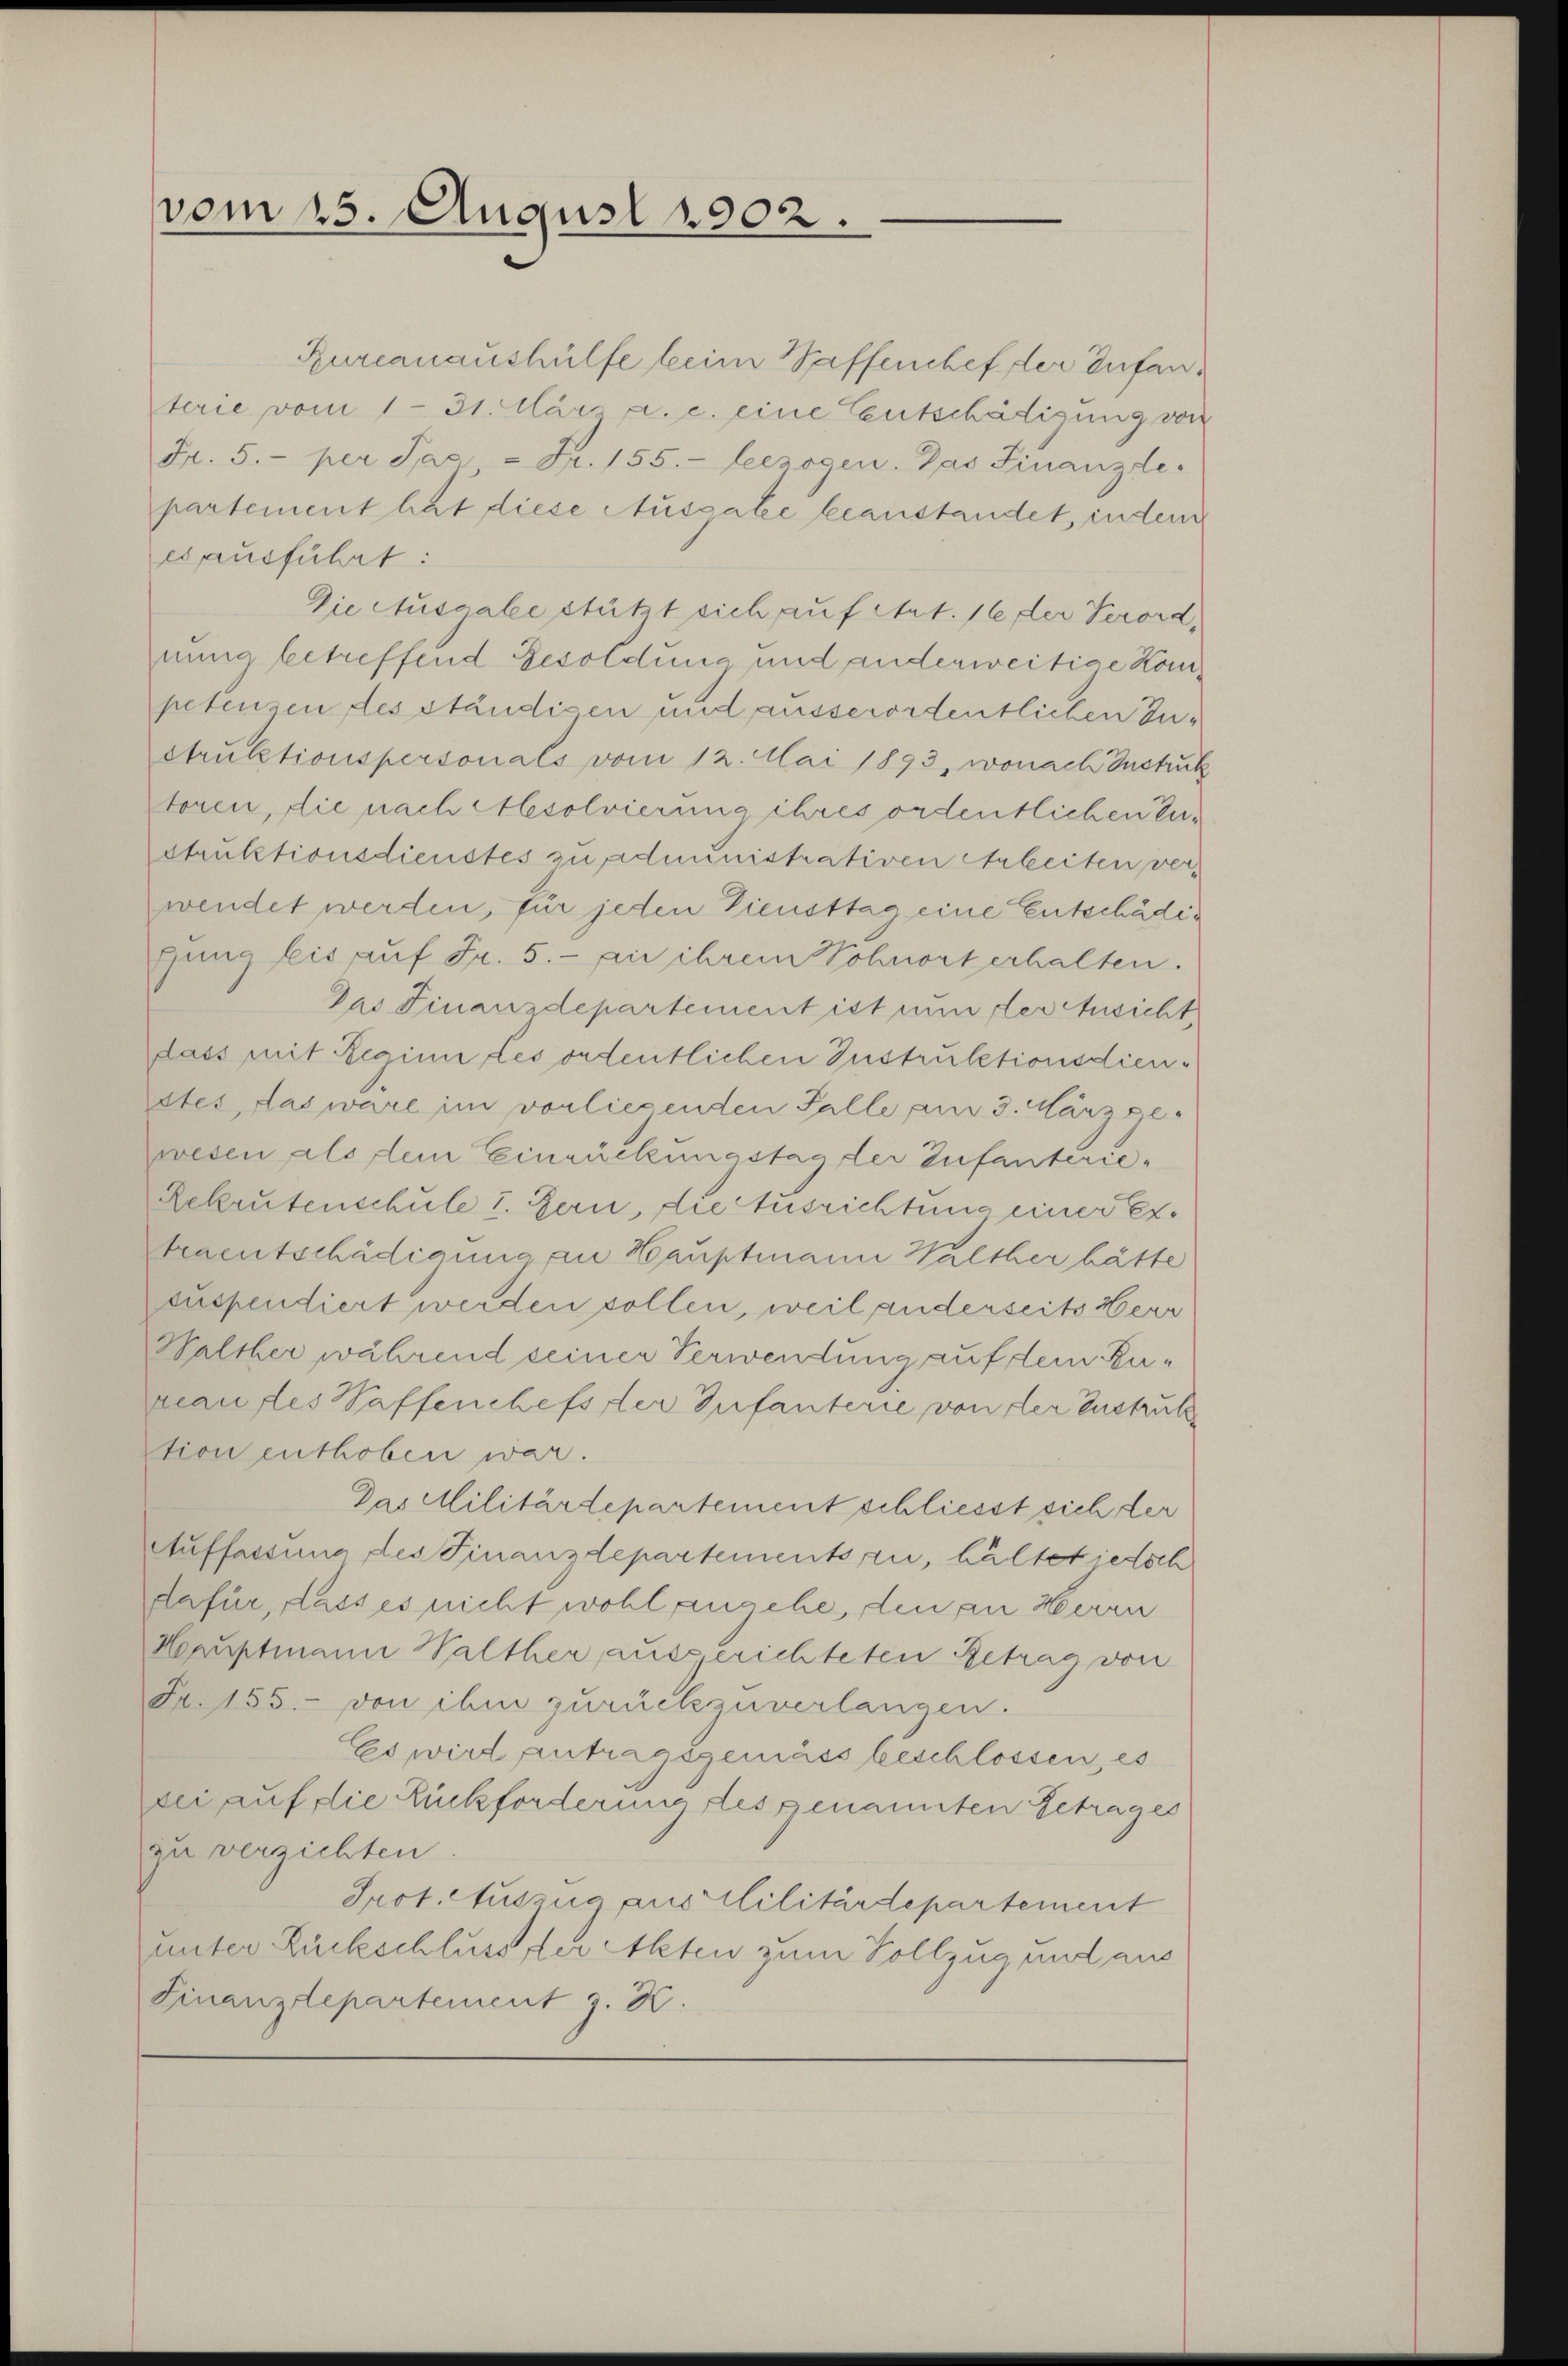
vom 15. August 1902.

Rurcanaushülfe beim Waffenchef der Infanterie vom 1. 31. März a. c. eine Entschädigung von
Fr. 5. per Jac. - Fr. 155. Leezogen. Das Finanzle
partement hat diese Ausgabe beanstandet, inden
es ausführt:
Die Ausgabe stützt sich auf Art. 16 der Verord
mung betreffend Besoldung und anderweitige Konpetenzen des ständisen und ausserordentlichen Zu¬
Struktionspersonals vom 12. Mai 1893, wonach Instrus
toren, die nach Mesolvierung ihres ordentlichen Erstruktionsdienstes zu administrativen Arbeiten verwendet werden, für jeden Diensttag eine Entschädig
gung bis auf Fr. 5.- an ihrem Wohnort erhalten.
Das Finanzdepartement ist nun der Ansicht,
dass mit Reginn des ordentlichen Instruktionsdienstes, das wäre im vorliegenden Falle am 3. März ge-
wesen als dem Einrückungstag der Zufanterie-
Rekrutenschule I. Bern, die Ausrichtung einer ertraentschädigung an Hauptmann Walther hätte
suspendiert werden sollen, weil anderseits Herr
Walther während seiner Verwendung auf dem Ruveau des Waffenchefs der Infanterie von der Instruk
tion enthoben war.
Das Militärdepartement schliesst sich der
Auffassung des Finanzdepartements zu, haltet jedoch
dafür, dass es nicht wohl angehe, den an Herren
Hauptmann Walther, aussprichteten Betrag von
Fr. 155. von ihm zurückzuverlangen.
Es wird antragsgemäss beschlossen, es
sei auf die Rückforderung des genannten Getrages
zu verzichten
Prot. Auszug aus Militärdepartement
unter Rückschluss der Acten zum Vollzug und aus
Finanzdepartement z. K.